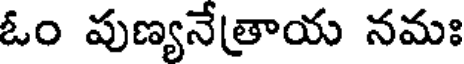
ఓం పుణ్యనేత్రాయ నమః